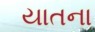
યાતના